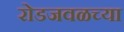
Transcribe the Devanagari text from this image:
रोडजवळच्या